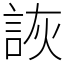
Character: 詼